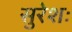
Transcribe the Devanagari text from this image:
सुरेशः